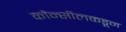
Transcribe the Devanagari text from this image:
कौन्सीलकडून